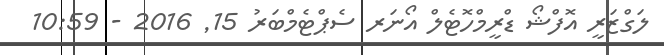
ލަގްޒަރީ އޮފްޝޯ ޑްރީމްހޮޓެލް އޯނަރ ސެޕްޓެމްބަރު 15